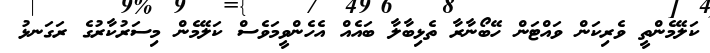
ކަލޭމެންތީ ވެރިކަން ވައްޓަން ހޭބޯނާރާ ތެޅިބާލާ ބައެއް އެހެންވީމަވެސް ކަލޭމެން މިސަރުކާރުގެ ރަގަނޅު